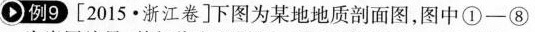
例9[2015·浙江卷]下图为某地地质剖面图，图中①-⑧